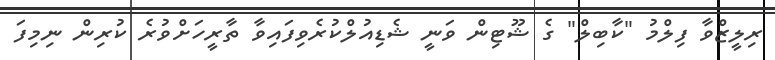
ރިލީޒްވާ ފިލްމު "ކާބިލް" ގެ ޝޫޓިން ވަނީ ޝެޑިއުލްކުރެވިފައިވާ ތާރީހަށްވުރެ ކުރިން ނިމިފަ